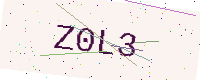
Text: Z0L3